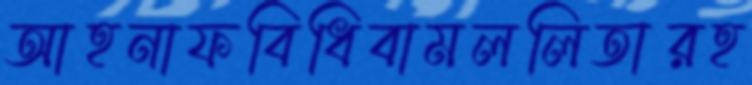
আহনাফবিধিবামললিতারহ